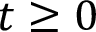
t \geq 0